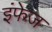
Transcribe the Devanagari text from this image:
इंफेज